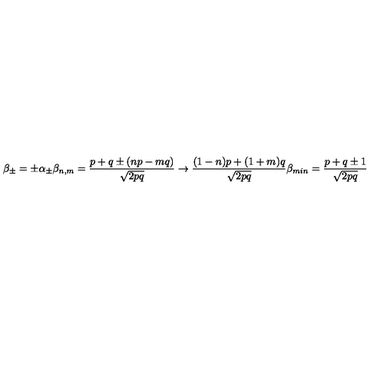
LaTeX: \beta _ { \pm } = \pm \alpha _ { \pm } \beta _ { n , m } = { \frac { p + q \pm ( n p - m q ) } { \sqrt { 2 p q } } } \rightarrow { \frac { ( 1 - n ) p + ( 1 + m ) q } { \sqrt { 2 p q } } } \beta _ { m i n } = { \frac { p + q \pm 1 } { \sqrt { 2 p q } } }